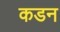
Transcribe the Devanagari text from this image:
कडन